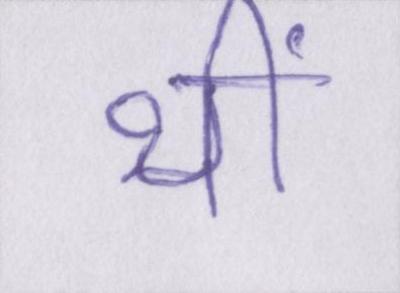
थीं